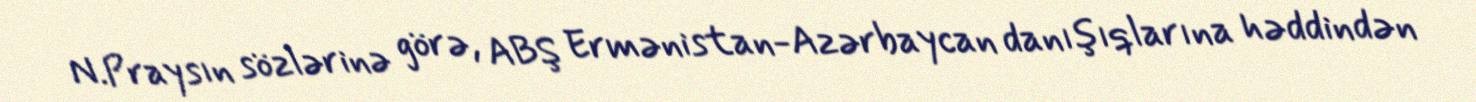
N.Praysın sözlərinə görə, ABŞ Ermənistan-Azərbaycan danışıqlarına həddindən